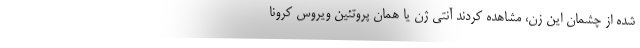
شده از چشمان این زن، مشاهده کردند آنتی ژن یا همان پروتئین ویروس کرونا